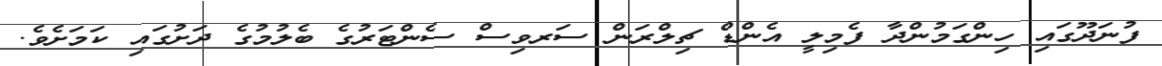
ފުނަދޫގައި ހިންގަމުންދާ ފެމިލީ އެންޑް ޗިލްރަން ސަރވިސް ސެންޓަރުގެ ބެލުމުގެ ދަށުގައި ކަމަށެވެ.